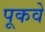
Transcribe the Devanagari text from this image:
पूकवे